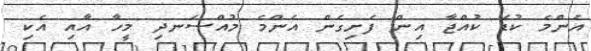
އެންމެ ކުޑަ ކުއްޖާ އިން ފެށިގެން އެންމެ މުއްސަނދި މީހާ އާއި އެކި